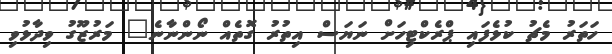
ހަތަރު މެޗު ކުޅެފައި ޕްރެކްޓިހަށް ނަޔަސް އިތުރު ގޮތެއް ނޯންނާނެ" މަރުޒޫގު ވިދާޅުވި